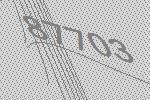
87703